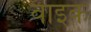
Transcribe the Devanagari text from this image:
वाइक